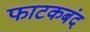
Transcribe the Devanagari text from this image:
फाटकबंद